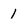
Character: 1